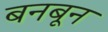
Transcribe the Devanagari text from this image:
बनबून